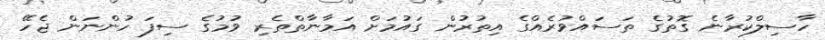
ހާސިލްކުރާނެ ގޮތުގެ ތަސައްވުރެއްގެ އިތުރުން ގައުމަށް އަމާނާތްތެރި ވުމުގެ ސިފަ ހުންނަން ޖެހޭ